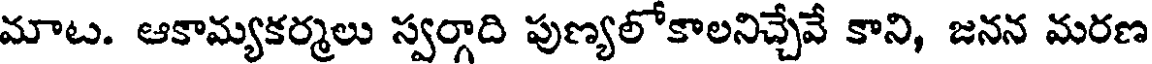
మాట. ఆకామ్యకర్మలు స్వర్గాది పుణ్యలోకాలనిచ్చేవే కాని, జనన మరణ